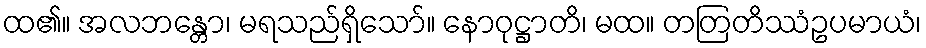
ထ၏။ အလဘန္တော၊ မရသည်ရှိသော်။ နောဝုဋ္ဌာတိ၊ မထ။ တတြတိဿံဥပမာယံ၊